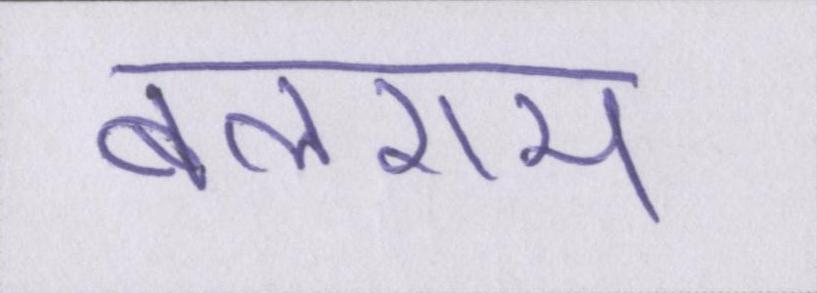
बलराम